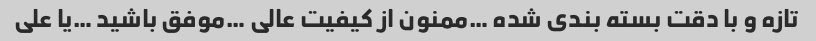
تازه و با دقت بسته بندی شده …ممنون از کیفیت عالی …موفق باشید …یا علی